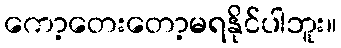
ကော့တေးတော့မရနိုင်ပါဘူး။